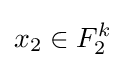
x_{2}\in F_{2}^{k}